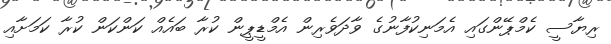
ރިޔާސީ ކެމްޕޭންގައި އެމަނިކުފާނުގެ ވާދަވެރިން އެމްޑީޕީން ކުރާ ބައެއް ކަންކަން ކުރާ ކަމަށާއި